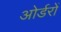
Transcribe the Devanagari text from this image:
ओर्डरों